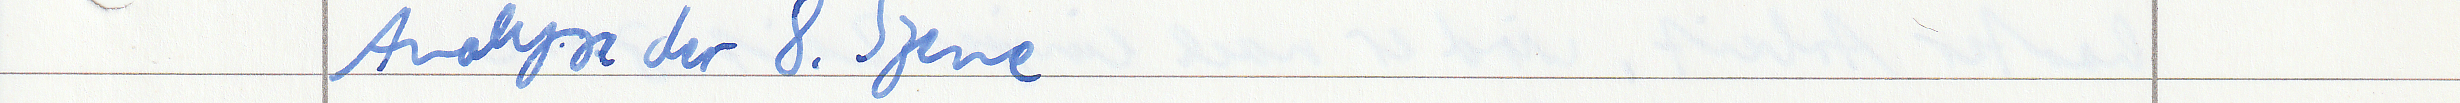
Analyse der 8. Szene